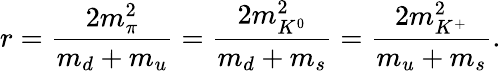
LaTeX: r=\frac{2m_{\pi}^{2}}{m_{d}+m_{u}}=\frac{2m_{K^{0}}^{2}}{m_{d}+m_{s}}=\frac{2m_{K^{+}}^{2}}{m_{u}+m_{s}}.